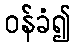
ဝန်ခံ၍